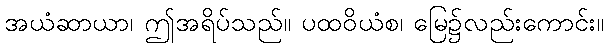
အယံဆာယာ၊ ဤအရိပ်သည်။ ပထဝိယံစ၊ မြေ၌လည်းကောင်း။